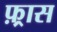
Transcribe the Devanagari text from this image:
फ़्रास